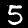
Digit: 5